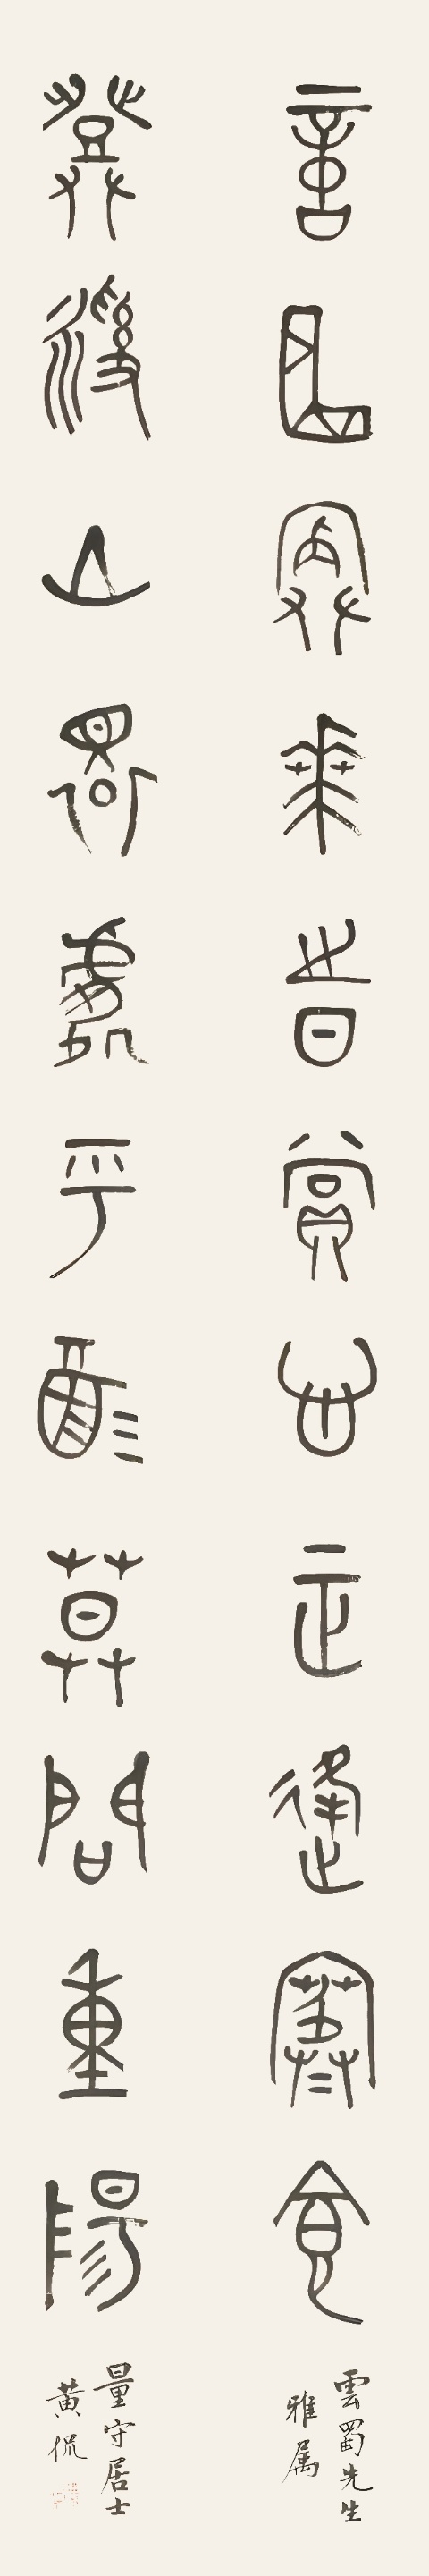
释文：意曲院花时赏心正逢寒食，登乱山环处呼酒莫问重阳。云蜀先生雅属，量守居士黄侃。